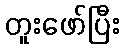
တူးဖော်ပြီး